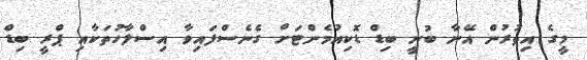
މީގެ އިތުރުން އޭނާ ބުނީ ބިޑް ޑޮކިއުމެންޓަށް ގެނެސްފައިވާ އިސްލާހުތަކާއި ޕްރީ ބިޑް